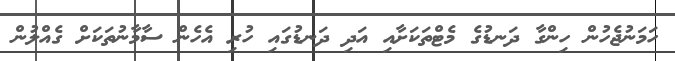
ހަމަނުޖެހުން ހިންގާ ދަނޑުގެ މެޓްތަކަށާއި އަދި ދަނޑުގައި ހުރި އެހެން ސާމާނުތަކަށް ގެއްލުން